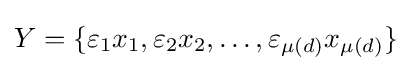
Y=\{\varepsilon _{1}x_{1},\varepsilon _{2}x_{2},\dots ,\varepsilon _{\mu (d)}x_{\mu (d)}\}